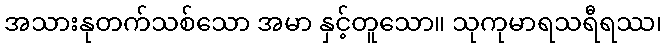
အသားနုတက်သစ်သော အမာ နှင့်တူသော။ သုကုမာရသရီရဿ၊